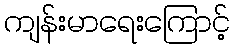
ကျန်းမာရေးကြောင့်